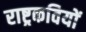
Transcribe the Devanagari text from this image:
राष्ट्रकवियों